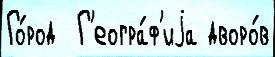
Го́род  Г'еогра́ф'иjа дворо́в